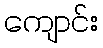
ကျောင်း